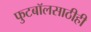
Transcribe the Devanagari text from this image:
फुटबॉलसाठीही